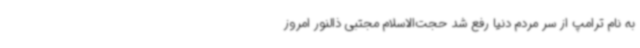
به نام ترامپ از سر مردم دنیا رفع شد حجت‌الاسلام مجتبی ذالنور امروز